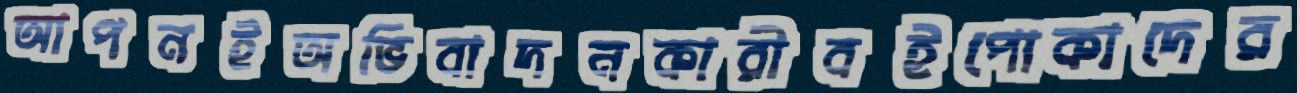
আপনইঅভিবাদনকারীবইপোকাদের